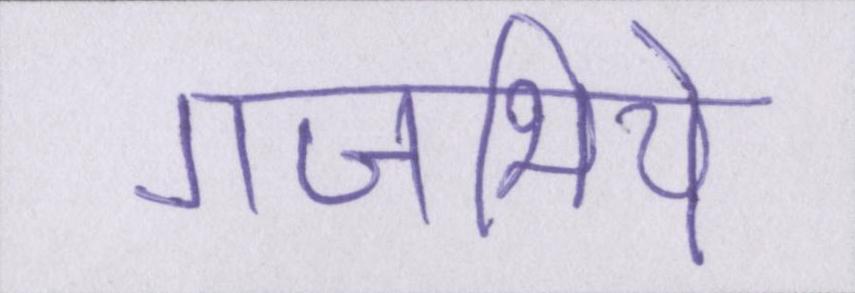
गजभिये